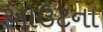
આઉટના